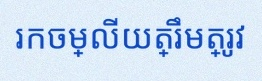
រកចម្លើយត្រឹមត្រូវ